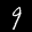
Label: 9